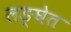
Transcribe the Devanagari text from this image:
लङ्घेत